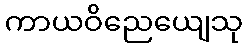
ကာယဝိညေယျေသု